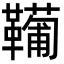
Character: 𩍘